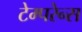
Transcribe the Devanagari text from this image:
टेम्परेन्स